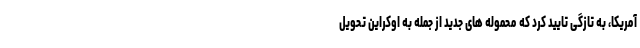
آمریکا، به تازگی تایید کرد که محموله های جدید از جمله به اوکراین تحویل